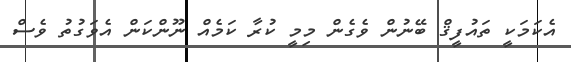
އެކަމަކީ ތައުފީޤް ބޭނުން ވެގެން މިމީ ކުރާ ކަމެއް ނޫންކަން އެވަގުތު ވެސް